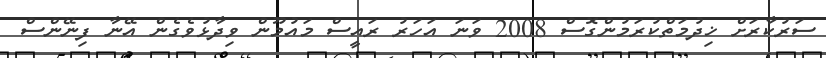
ސަރުކާރަށް ޚިދުމަތްކުރަމުންގޮސް 2008 ވަނަ އަހަރު ރައީސް މައުމޫން ވިދާޅުވެގެން އޭނާ ފިނޭންސް